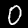
Digit: 0